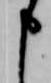
申